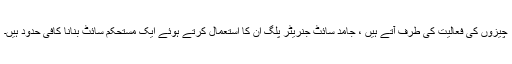
چیزوں کی فعالیت کی طرف آتے ہیں ، جامد سائٹ جنریٹر پلگ ان کا استعمال کرتے ہوئے ایک مستحکم سائٹ بنانا کافی حدود ہیں۔